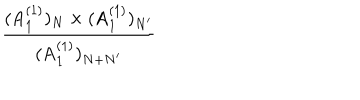
LaTeX: \frac { ( \mathrm { A } _ { 1 } ^ { ( 1 ) } ) _ { N } \times ( \mathrm { A } _ { 1 } ^ { ( 1 ) } ) _ { N ^ { \prime } } } { ( \mathrm { A } _ { 1 } ^ { ( 1 ) } ) _ { N + N ^ { \prime } } }